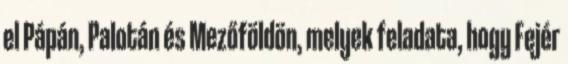
el Pápán, Palotán és Mezőföldön, melyek feladata, hogy Fejér